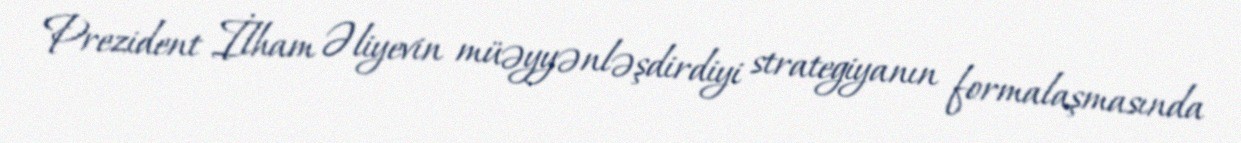
Prezident İlham Əliyevin müəyyənləşdirdiyi strategiyanın formalaşmasında